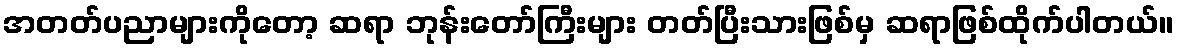
အတတ်ပညာများကိုတော့ ဆရာ ဘုန်းတော်ကြီးများ တတ်ပြီးသားဖြစ်မှ ဆရာဖြစ်ထိုက်ပါတယ်။